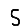
Digit: 5